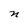
Character: n